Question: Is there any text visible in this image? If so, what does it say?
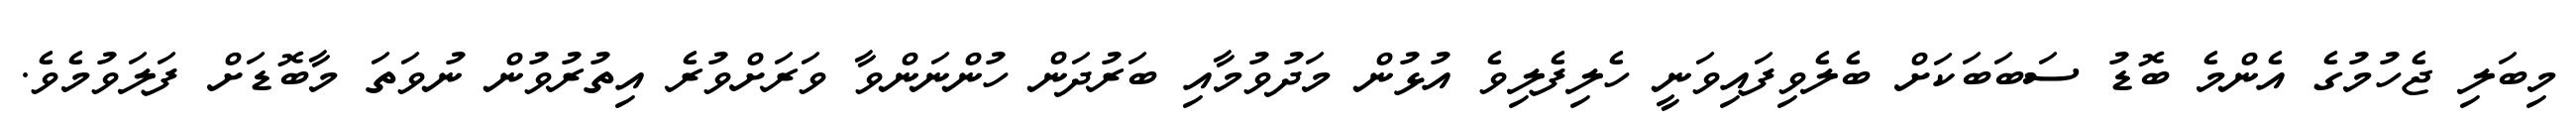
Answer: މިބަލި ޖެހުމުގެ އެންމެ ބޮޑު ސަބަބަކަށް ބެލެވިފައިވަނީ ހެލިފެލިވެ އުޅުން މަދުވުމާއި ބަރުދަން ހުންނަންވާ ވަރަށްވުރެ އިތުރުވުން ނުވަތަ މާބޮޑަށް ފަލަވުމެވެ.